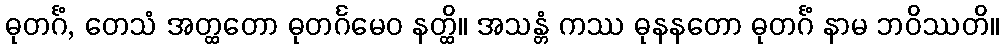
ဓုတင်္ဂံ, တေသံ အတ္ထတော ဓုတင်္ဂမေဝ နတ္ထိ။ အသန္တံ ကဿ ဓုနနတော ဓုတင်္ဂံ နာမ ဘဝိဿတိ။